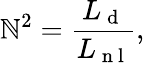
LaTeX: \mathbb{N}^{2}=\frac{{L_{\mathrm{{~d~}}}}}{{L_{\mathrm{{~n~l~}}}}},